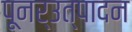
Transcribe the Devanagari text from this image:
पूनर्उत्पादन